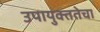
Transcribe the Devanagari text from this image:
उपायुक्ततेचा